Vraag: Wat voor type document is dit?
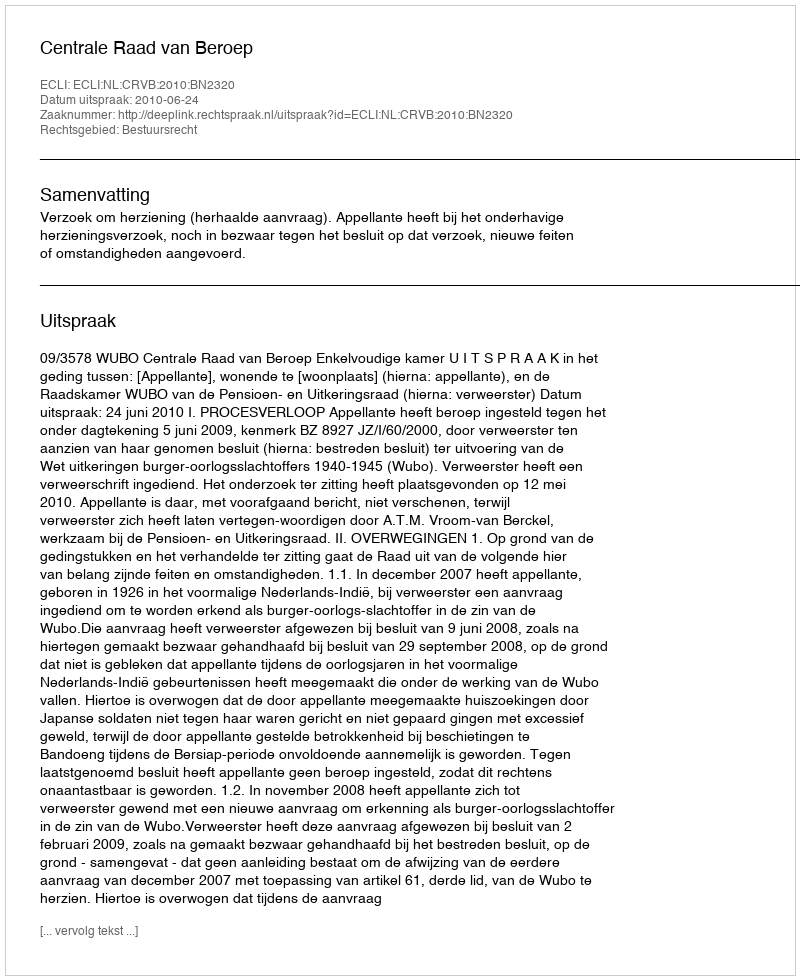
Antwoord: Uitspraak